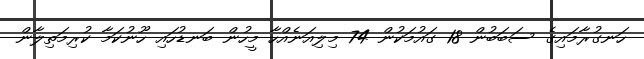
ހަނގުރާމައިގެ ސަބަބުން 18 ގައުމަކުން 74 މިލިއަނެއްހާ މީހުން ބަނޑުހައި ހޫނުކަމާ ކުރިމަތިލާން